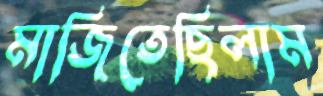
মাজিতেছিলাম